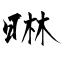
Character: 晽